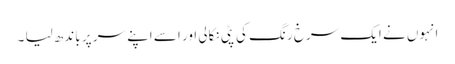
انہوں نے ایک سرخ رنگ کی پٹی نکالی اور اسے اپنے سر پر باندھ لیا ۔